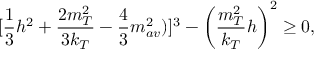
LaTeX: [ { \frac { 1 } { 3 } } h ^ { 2 } + { \frac { 2 m _ { T } ^ { 2 } } { 3 k _ { T } } } - { \frac { 4 } { 3 } } m _ { a v } ^ { 2 } ) ] ^ { 3 } - \left( { \frac { m _ { T } ^ { 2 } } { k _ { T } } } h \right) ^ { 2 } \geq 0 ,